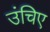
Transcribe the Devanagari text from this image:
उंचिए